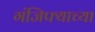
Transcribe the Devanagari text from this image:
गंजिफ्याच्या